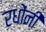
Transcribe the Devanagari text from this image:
रधोंनी